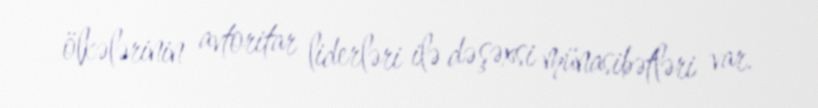
ölkələrinin avtoritar liderləri ilə də şəxsi münasibətləri var.